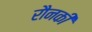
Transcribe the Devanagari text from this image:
रौनकी